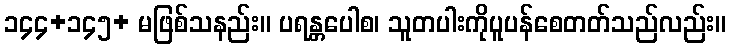
၁၄၄+၁၄၅+ မဖြစ်သနည်း။ ပရန္တပေါစ၊ သူတပါးကိုပူပန်စေတတ်သည်လည်း။